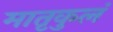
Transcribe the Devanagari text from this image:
मातृकुलं